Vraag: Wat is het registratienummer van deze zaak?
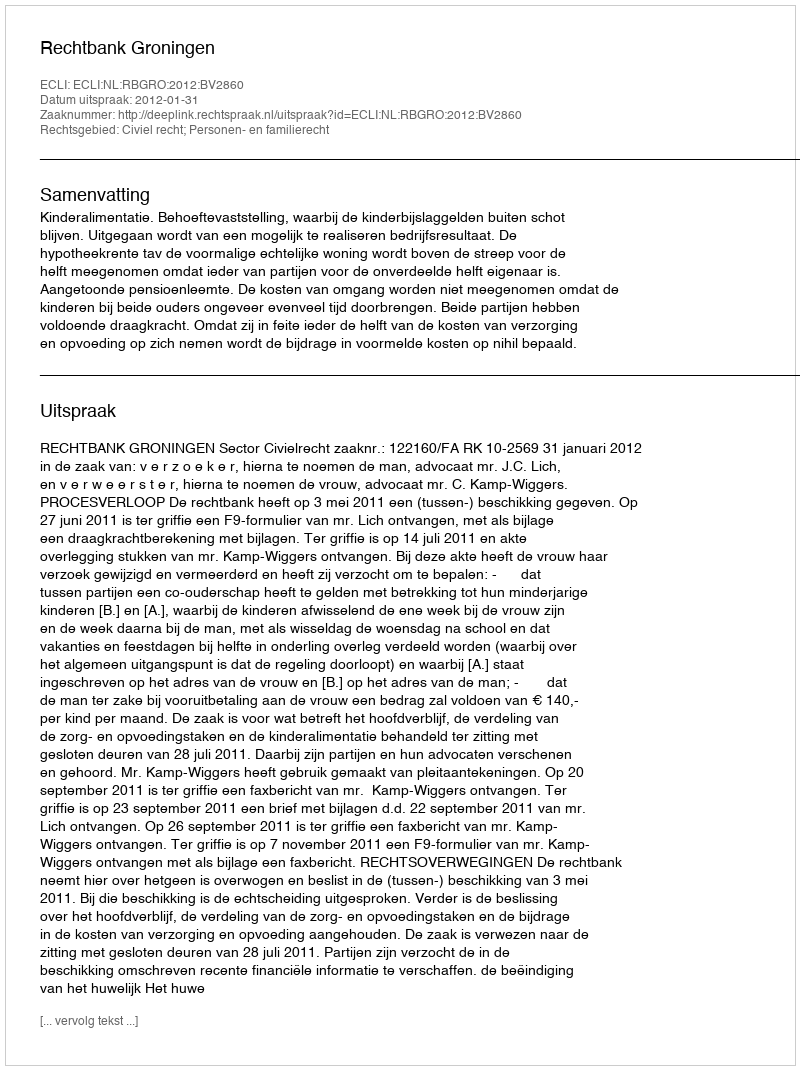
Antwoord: http://deeplink.rechtspraak.nl/uitspraak?id=ECLI:NL:RBGRO:2012:BV2860